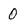
Character: 0